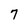
Character: 7